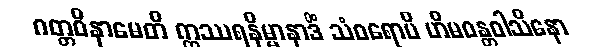
ဂတ္တဝိနာမေတိ ဣဿရနိမ္မာနာဒိံ သံဝရောပိ ဟိမဝန္တဝါသိနော